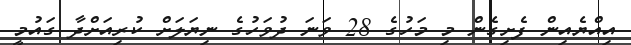
އިއްޔެއިން ފެށިގެން މި މަހުގެ 28 ވަނަ ދުވަހުގެ ނިޔަލަށް ކުރިއަށްދާ ގައުމީ